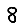
Digit: 8